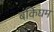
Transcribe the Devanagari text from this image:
बंकिंघम